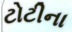
ટોટીના